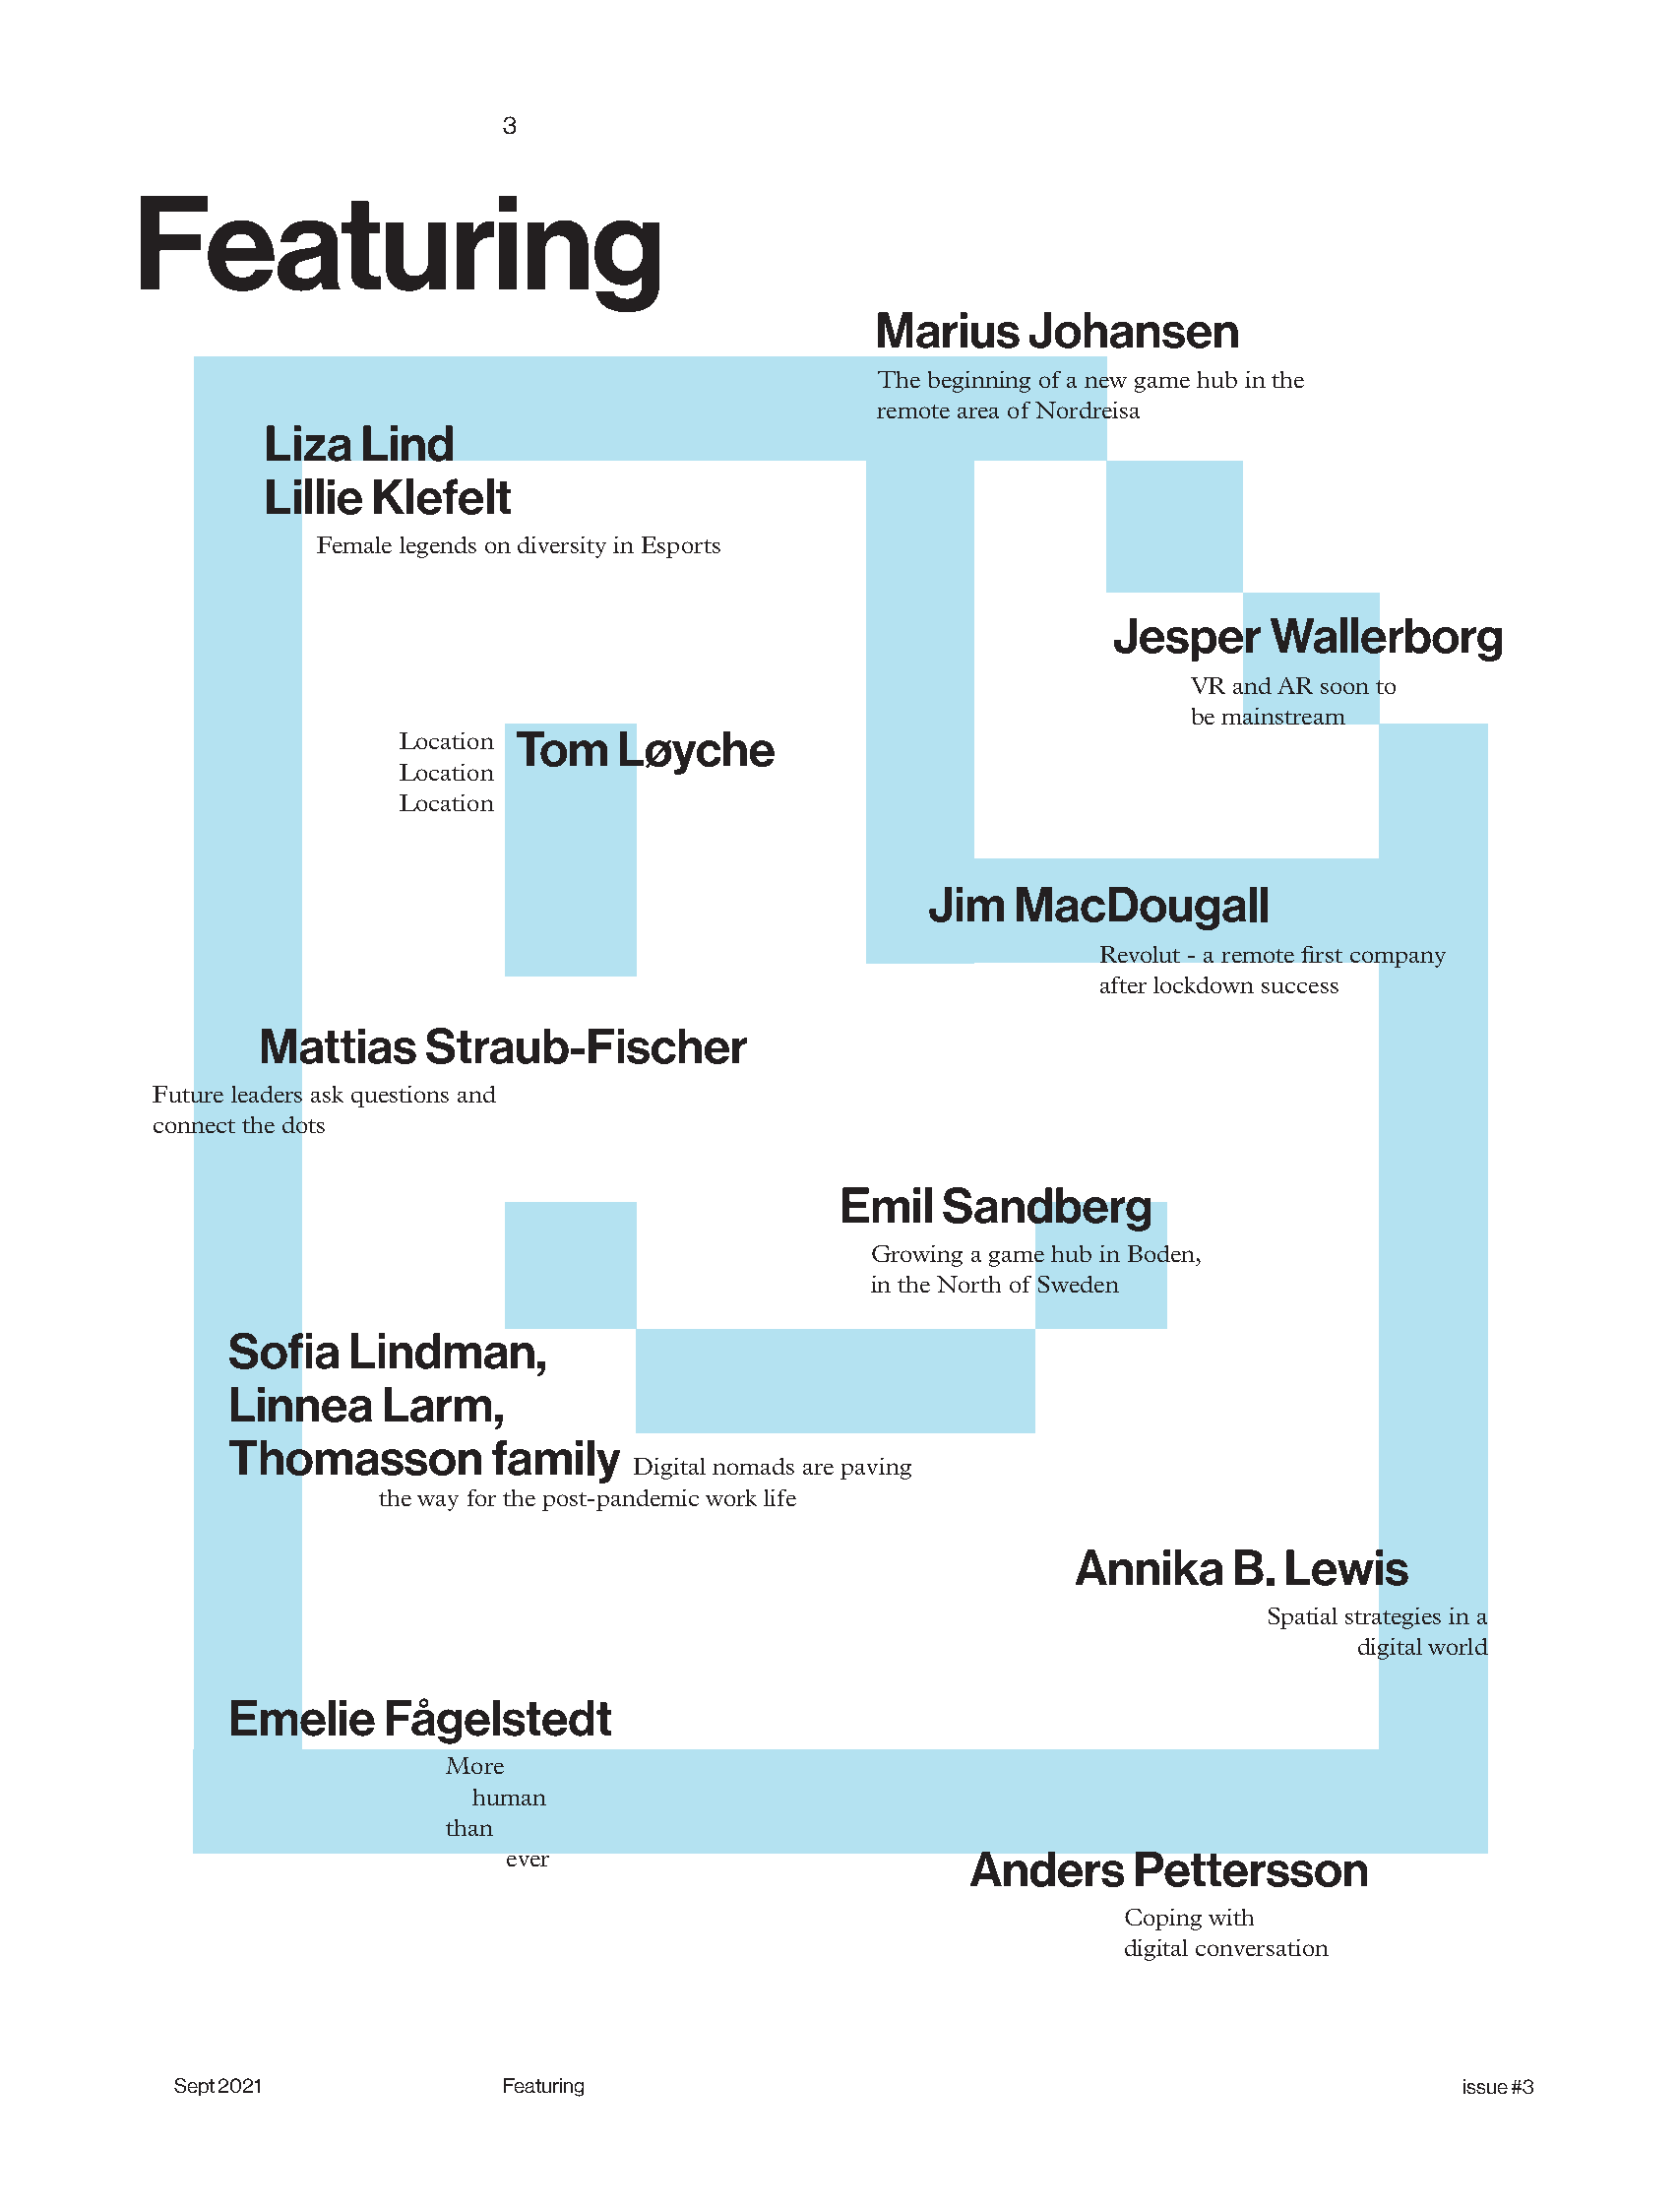
3
 Featuring
 Marius    Johansen
 The beginning of a new game hub in the
 remote area of Nordreisa
 Liza  Lind
 Lillie Klefelt
 Female legends on diversity in Esports
 Jesper    Wallerborg
 VR and AR soon to
 be mainstream
 Location Tom   Løyche
 Location
 Location
 Jim   MacDougall
 Revolut - a remote first company
 after lockdown success
 Mattias     Straub-Fischer
 Future leaders ask questions and
 connect the dots
 Emil   Sandberg
 Growing a game hub in Boden,
 in the North of Sweden
 Sofia   Lindman,
 Linnea     Larm,
 Thomasson         family
 Digital nomads are paving
 the way for the post-pandemic work life
 Annika     B. Lewis
 Spatial strategies in a
 digital world
 Emelie     Fågelstedt
 More
 human
 than
 ever                           Anders     Pettersson
 Coping with
 digital conversation
 Sept 2021             Featuring                                                       issue #3